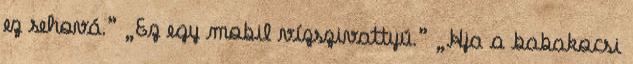
ez sehová.” „Ez egy mobil vízszivattyú.” „Hja a babakocsi